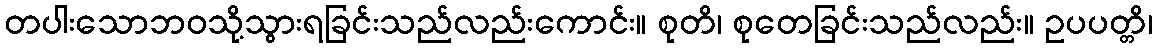
တပါးသောဘဝသို့သွားရခြင်းသည်လည်းကောင်း။ စုတိ၊ စုတေခြင်းသည်လည်း။ ဥပပတ္တိ၊